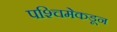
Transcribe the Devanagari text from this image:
पश्‍चिमेकडून